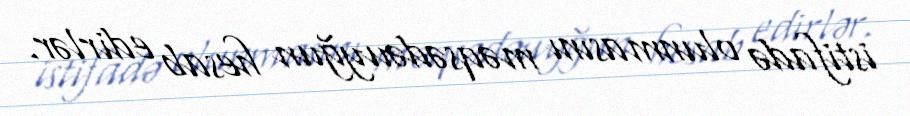
istifadə olunmasını məqsədəuyğun hesab edirlər.